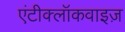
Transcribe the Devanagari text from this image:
एंटीक्लॉकवाइज़